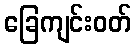
ခြေကျင်းဝတ်